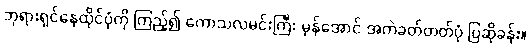
ဘုရားရှင်နေထိုင်ပုံကို ကြည့်၍ ကောသလမင်းကြီး မှန်အောင် အကဲခတ်တတ်ပုံ ပြဆိုခန်း။